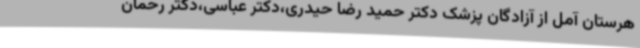
هرستان آمل از آزادگان پزشک دکتر حمید رضا حیدری،دکتر عباسی،دکتر رحمان